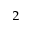
^ 2